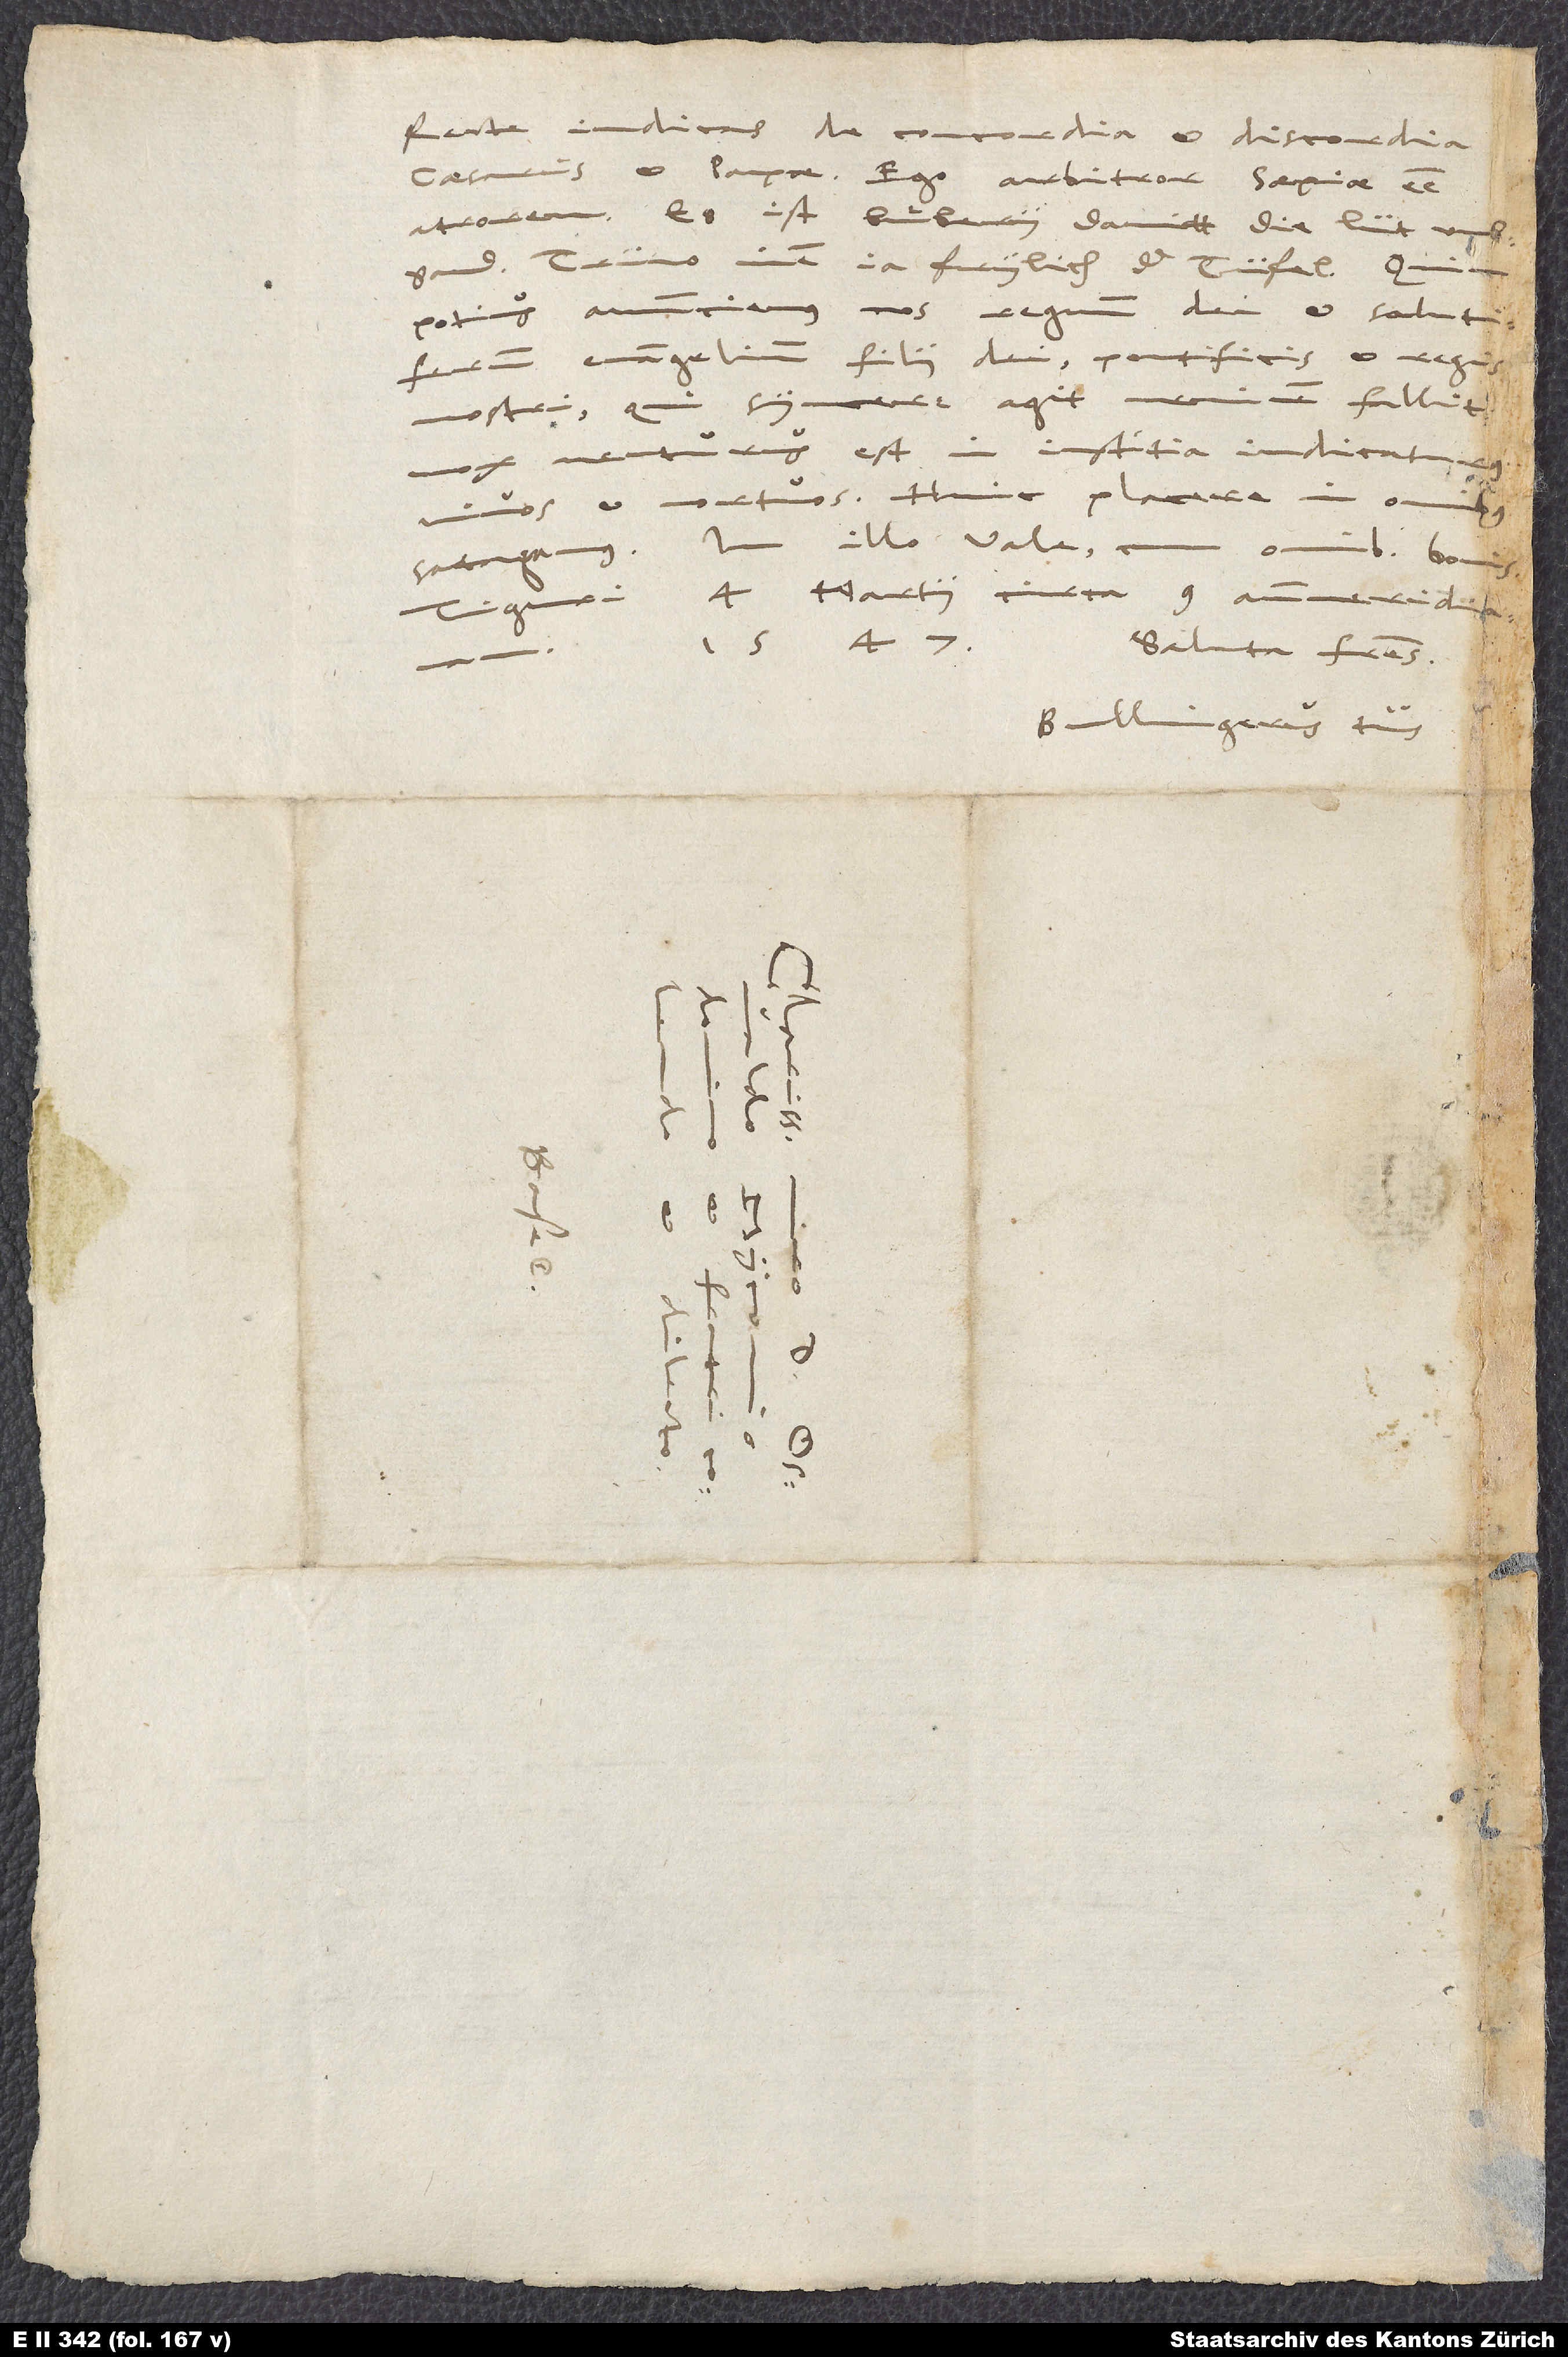
Recte iudicas de concordia et discordia
caesaris et papae. Ego arbitror saepiae esse
atrorem. Es ist buͦbery, damitt die lüt umbgand.
Trüw inen ja frylich der tüfel! Quin
potius annunciemus nos regnum dei et salutiferum
evangelium filii dei, pontificis et regis
syncere agit, neminem fallit
nostri, qui
mox venturus est in iustitia, iudicaturus
vivos et mortuos. Huic placere in omnibus
satagamus! In illo vale cum omnibus bonis.
Tiguri, 4. martii circa 9 antemeridianam
1547.
Saluta fratres.
Bullingerus tuus.
d.